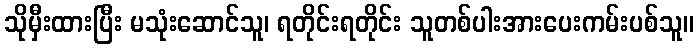
သိုမှီးထားပြီး မသုံးဆောင်သူ၊ ရတိုင်းရတိုင်း သူတစ်ပါးအားပေးကမ်းပစ်သူ။